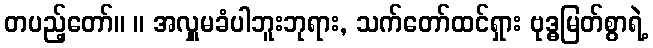
တပည့်တော်။ ။ အလှူမခံပါဘူးဘုရား, သက်တော်ထင်ရှား ဗုဒ္ဓမြတ်စွာရဲ့